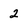
Character: 2